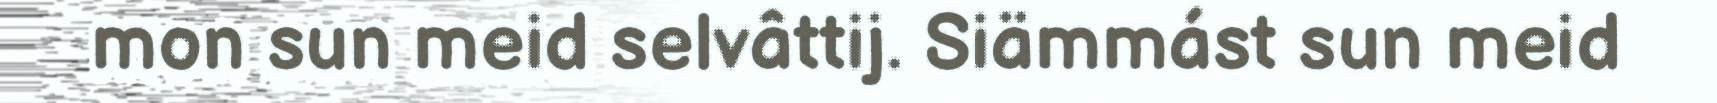
mon sun meid selvâttij. Siämmást sun meid